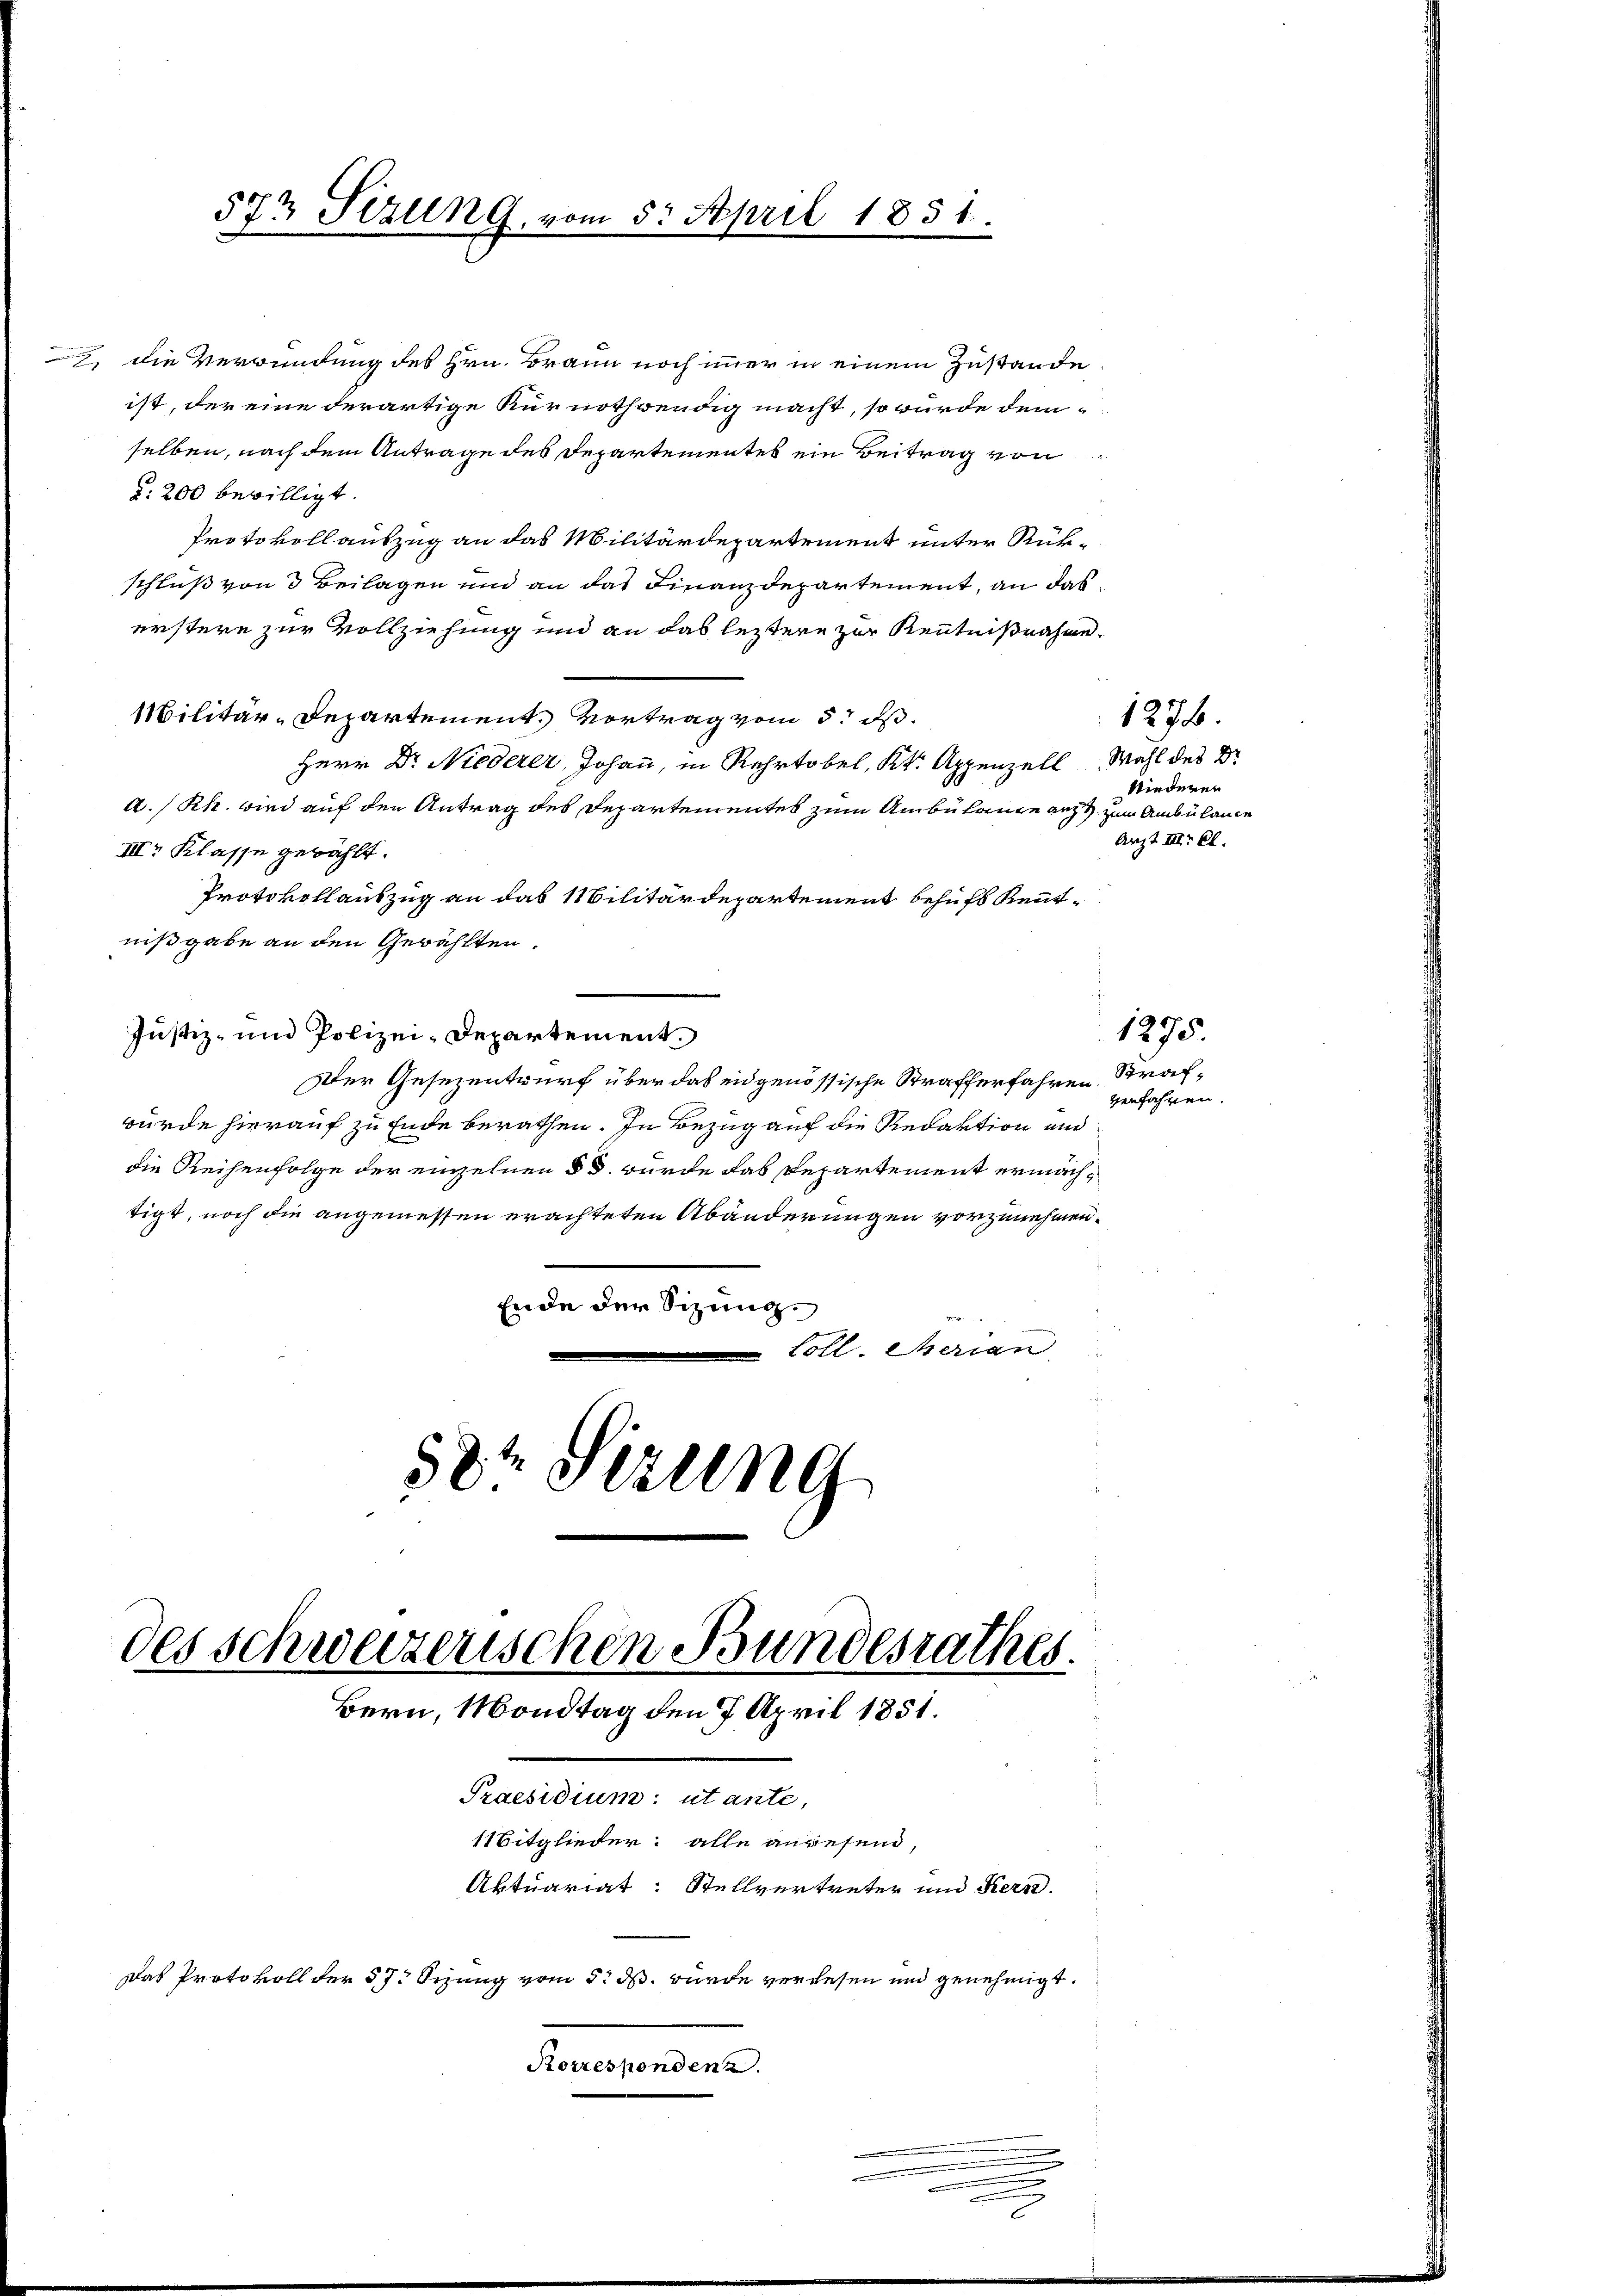
die Verwundung des Hrn. Braun noch immer in einem Zustande
ist, der eine derartige Kurnothwendig macht, so würde demselben, nach dem Antrage des Departementes ein Beitrag von
§. 200 bewilligt.
Protokollauszug an das Militärdepartement unter Rükschluß von 3 Beilagen und an das Finanzdepartement, an das
erstere zur Vollziehung und an das leztere zur Kenntnißnahme.
Militär-Departement. Vortrag vom 5. ds.
Herr Dr Niederer, Johann, in Rehrtobel, Kt. Appenzell Wahl des Dr
A/Rh. wird auf den Antrag des Departementes zum Ambülanze aus zum Ambülance
III. Klasse gewählt.
Protokollauszug an das Militärdepartement behufs Kenntnißgabe an den Gewählten.
Justiz- und Polizei-Departement.
Der Gesezentwurf über das eidgenössische Strafferfahren Strafwürde hierauf zu Ende berathen. In Bezug auf die Redaktion und
die Reihenfolge der einzelnen § 8. wurde das Departement ermächtigt, noch die angemessen erachteten Abänderungen vorzunehmen.
Ende der Sizung.
Loll. Serian
58 Sezung

573 Sizung.

April 1851.

des schweizerischen Bundesrathes.
Bern, Mondtag den 7. April 1851.
Praesidium: utante,
11itglieder: alle angesend,
Aktuariat: Stellvertreter und Kern-
Das Protokoll der 57. Sizung vom 5. ds. wurde verlesen und genehmigt.
Korrespondenz.

1276.
Niederen
Arzt III. Cl.

1275.
verfahren.